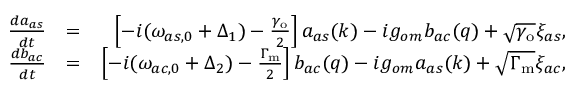
\begin{array} { r l r } { \frac { d a _ { a s } } { d t } } & { = } & { \left[ - i ( \omega _ { a s , 0 } + \Delta _ { 1 } ) - \frac { \gamma _ { \mathrm { o } } } { 2 } \right] a _ { a s } ( k ) - i g _ { o m } b _ { a c } ( q ) + \sqrt { \gamma _ { \mathrm { o } } } \xi _ { a s } , } \\ { \frac { d b _ { a c } } { d t } } & { = } & { \left[ - i ( \omega _ { a c , 0 } + \Delta _ { 2 } ) - \frac { \Gamma _ { \mathrm { m } } } { 2 } \right] b _ { a c } ( q ) - i g _ { o m } a _ { a s } ( k ) + \sqrt { \Gamma _ { \mathrm { m } } } \xi _ { a c } , } \end{array}